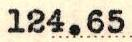
124.65